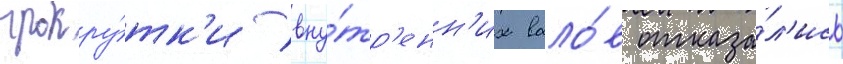
прокру́тк'и вну́тр'енн'их вало́в отказа́л'ись